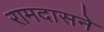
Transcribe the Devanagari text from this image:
रामदासने